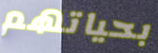
بحياتهم